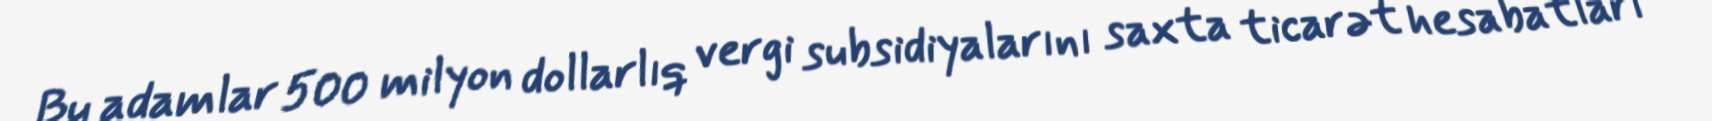
Bu adamlar 500 milyon dollarlıq vergi subsidiyalarını saxta ticarət hesabatları